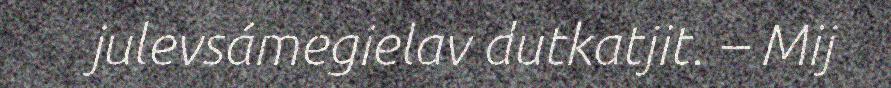
julevsámegielav dutkatjit. – Mij